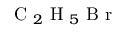
\mathrm { ~ C ~ } _ { 2 } \mathrm { ~ H ~ } _ { 5 } \mathrm { ~ B ~ r ~ }